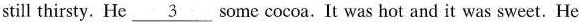
still thirsty. He \underline{3} some cocoa. It was hot and it was sweet. He